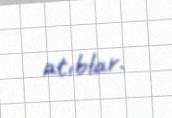
atıblar.